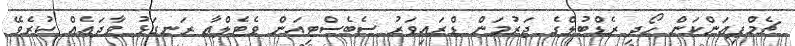
ޗެމްޕިއަންކަން ހޯދި ރެޑްބުލްގެ ޖަރުމަން ޑްރައިވަރު ސެބެސްޓިއަން ވެޓެލްއާ ރަނގަޅު ވާދައެއް ކުރެވޭ